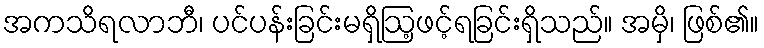
အကသိရလာဘီ၊ ပင်ပန်းခြင်းမရှိဩ့ဖင့်ရခြင်းရှိသည်။ အမှိ၊ ဖြစ်၏။